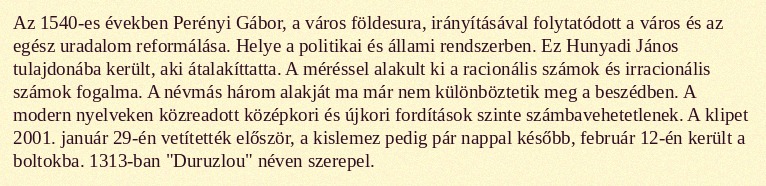
Az 1540-es években Perényi Gábor, a város földesura, irányításával folytatódott a város és az egész uradalom reformálása. Helye a politikai és állami rendszerben. Ez Hunyadi János tulajdonába került, aki átalakíttatta. A méréssel alakult ki a racionális számok és irracionális számok fogalma. A névmás három alakját ma már nem különböztetik meg a beszédben. A modern nyelveken közreadott középkori és újkori fordítások szinte számbavehetetlenek. A klipet 2001. január 29-én vetítették először, a kislemez pedig pár nappal később, február 12-én került a boltokba. 1313-ban "Duruzlou" néven szerepel.